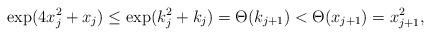
LaTeX: \begin{align*}\exp(4 x_j^2 + x_j)\le \exp(k_j^2+k_j) =\Theta(k_{j+1})< \Theta(x_{j+1}) = x_{j+1}^2 ,\end{align*}